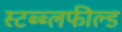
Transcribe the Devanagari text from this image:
स्टब्ब्लफील्ड